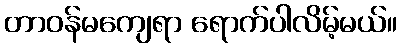
တာဝန်မကျေရာ ရောက်ပါလိမ့်မယ်။